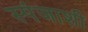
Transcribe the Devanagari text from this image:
स्पंजाशी